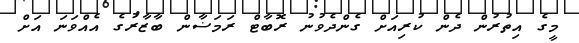
މީގެ އިތުރުން ދެން ކުރިއަށް ގެންދެވުނު ރޮބާޓް ރަމަޟާން ބާޒާރުގެ އެއްވަނަ އަށް